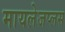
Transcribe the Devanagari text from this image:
मायलेजप्लस